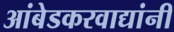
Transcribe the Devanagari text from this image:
आंबेडकरवाद्यांनी